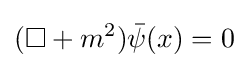
(\square +m^{2}){\bar {\psi }}(x)=0